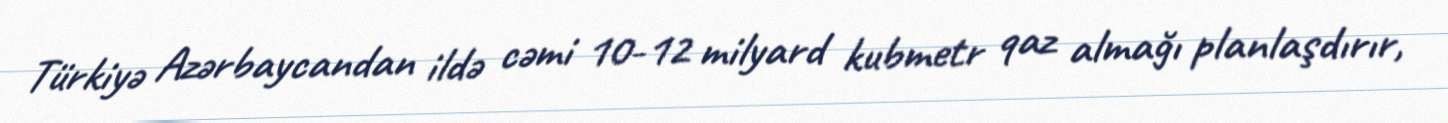
Türkiyə Azərbaycandan ildə cəmi 10-12 milyard kubmetr qaz almağı planlaşdırır,